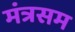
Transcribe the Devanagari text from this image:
मंत्रसम